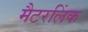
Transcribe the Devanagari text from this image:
मैटरलिंक